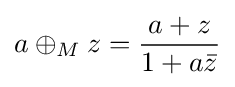
{a\oplus _{M}{z}}={\frac {a+z}{1+a{\bar {z}}}}